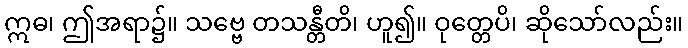
ဣဓ၊ ဤအရာ၌။ သဗ္ဗေ တသန္တီတိ၊ ဟူ၍။ ဝုတ္တေပိ၊ ဆိုသော်လည်း။